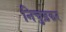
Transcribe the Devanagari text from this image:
निचुड़कर